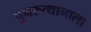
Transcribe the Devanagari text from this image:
पुनरुत्थानाला